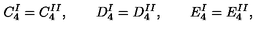
C _ { 4 } ^ { I } = C _ { 4 } ^ { I I } , \qquad D _ { 4 } ^ { I } = D _ { 4 } ^ { I I } , \qquad E _ { 4 } ^ { I } = E _ { 4 } ^ { I I } ,